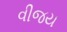
વીજય